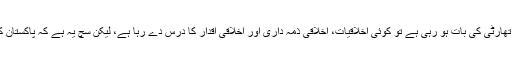
فیصلہ آنے کے بعد مختلف قسم کی آرا سامنے آ رہی ہیں کہیں سے مورل اتھارٹی کی بات ہو رہی ہے تو کوئی اخلاقیات، اخلاقی ذمہ داری اور اخلاقی اقدار کا درس دے رہا ہے، لیکن سچ یہ ہے کہ پاکستان کی سیاست باالخصوص حکمرانی اور اخلاقیات کا آپس میں کوئی تعلق نہیں۔